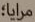
مرايا؛